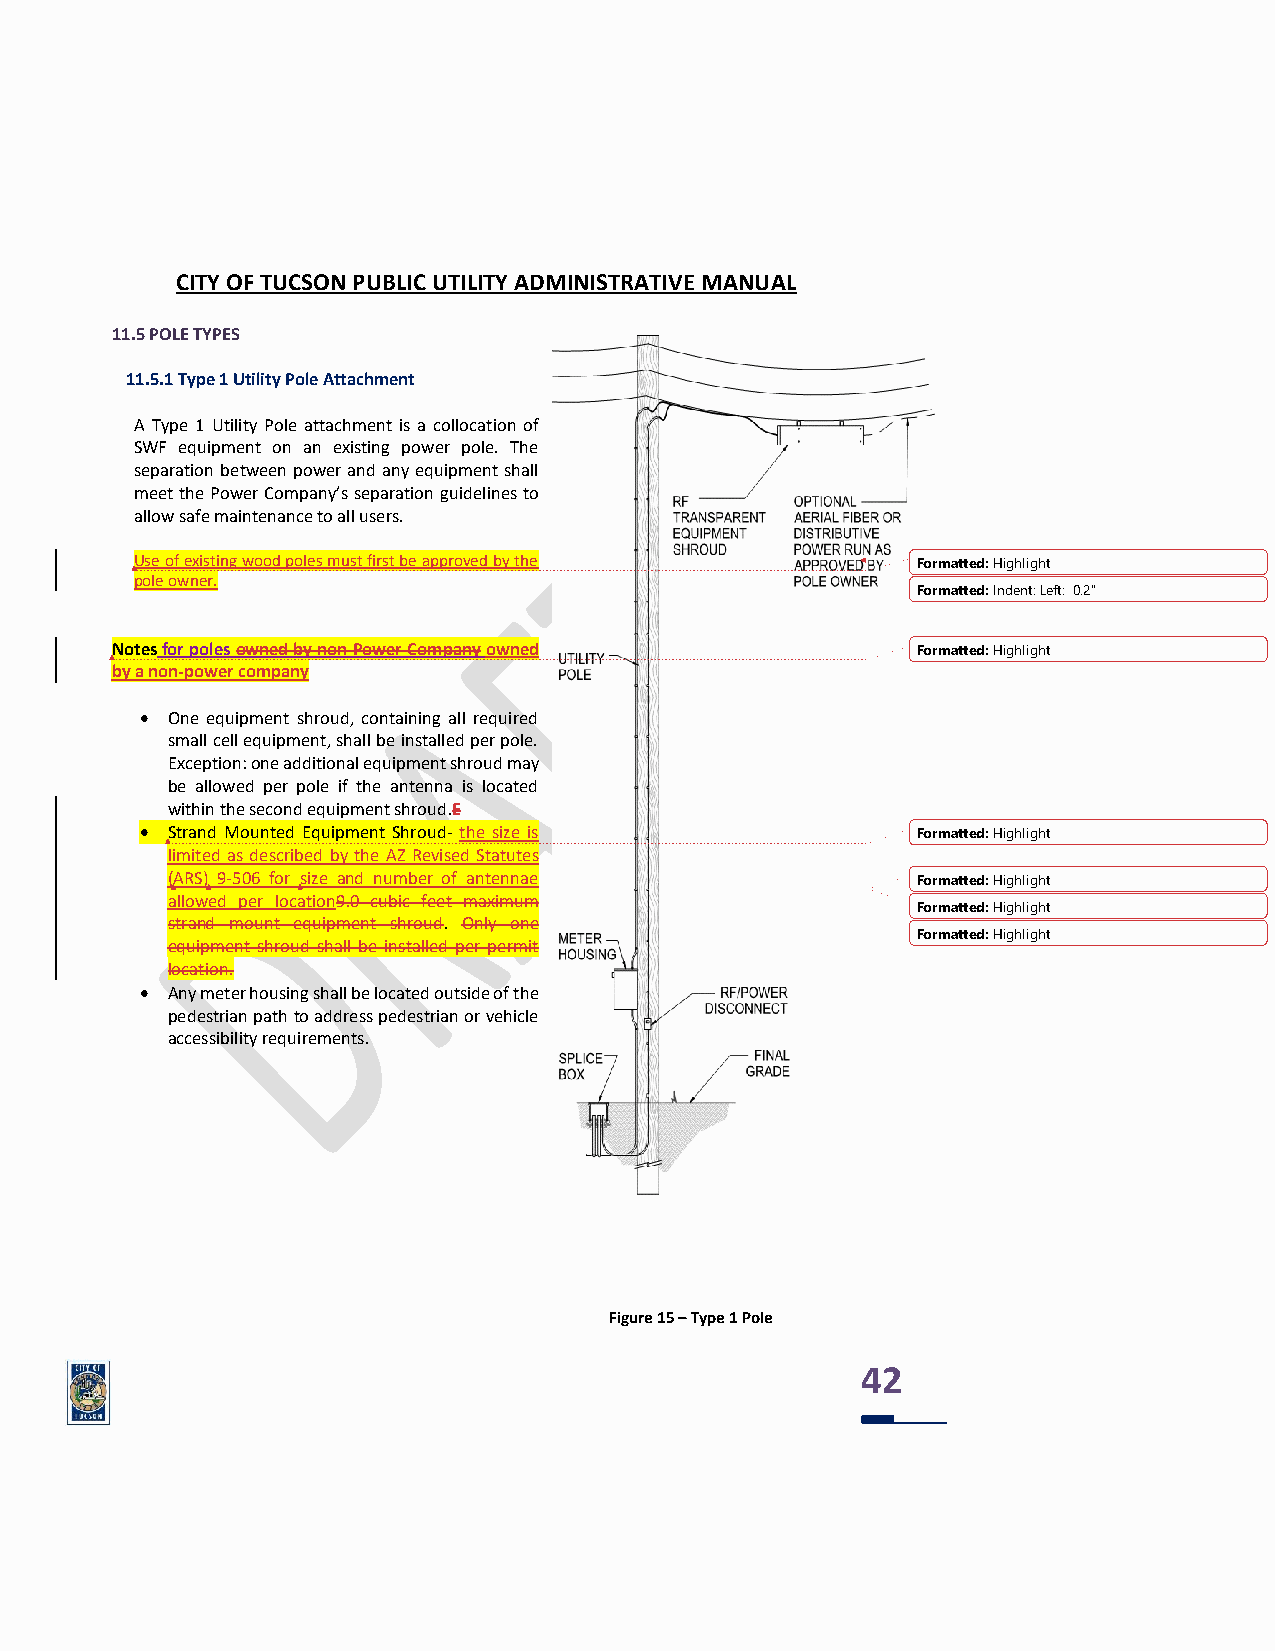
CITY OF TUCSON PUBLIC UTILITY ADMINISTRATIVE MANUAL
 11.5 POLE TYPES
 11.5.1 Type 1 Utility Pole Attachment
 A Type 1 Utility Pole attachment is a collocation of
 SWF equipment on an existing power pole. The
 separation between power and any equipment shall
 meet the Power Company’s separation guidelines to
 allow safe maintenance to all users.
 Use of existing wood poles must first be approved by the Formatted: Highlight
 pole owner.
 Formatted: Indent: Left: 0.2"
 Notes for poles owned by non-Power Company owned      Formatted: Highlight
 by a non-power company
 • One equipment shroud, containing all required
 small cell equipment, shall be installed per pole.
 Exception: one additional equipment shroud may
 be allowed per pole if the antenna is located
 within the second equipment shroud.E
 • Strand Mounted Equipment Shroud- the size is      Formatted: Highlight
 limited as described by the AZ Revised Statutes
 (ARS) 9-506 for size and number of antennae       Formatted: Highlight
 allowed per location9.0 cubic feet maximum
 Formatted: Highlight
 strand mount equipment shroud. Only one
 Formatted: Highlight
 equipment shroud shall be installed per permit
 location.
 • Any meter housing shall be located outside of the
 pedestrian path to address pedestrian or vehicle
 accessibility requirements.
 Figure 15 – Type 1 Pole
 42